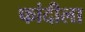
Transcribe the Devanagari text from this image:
फांदीला